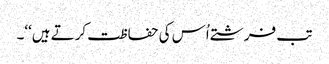
تب فرشتے اُس کی حفاظت کرتے ہیں‘‘۔